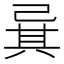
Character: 㠱